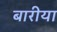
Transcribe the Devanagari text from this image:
बारीया